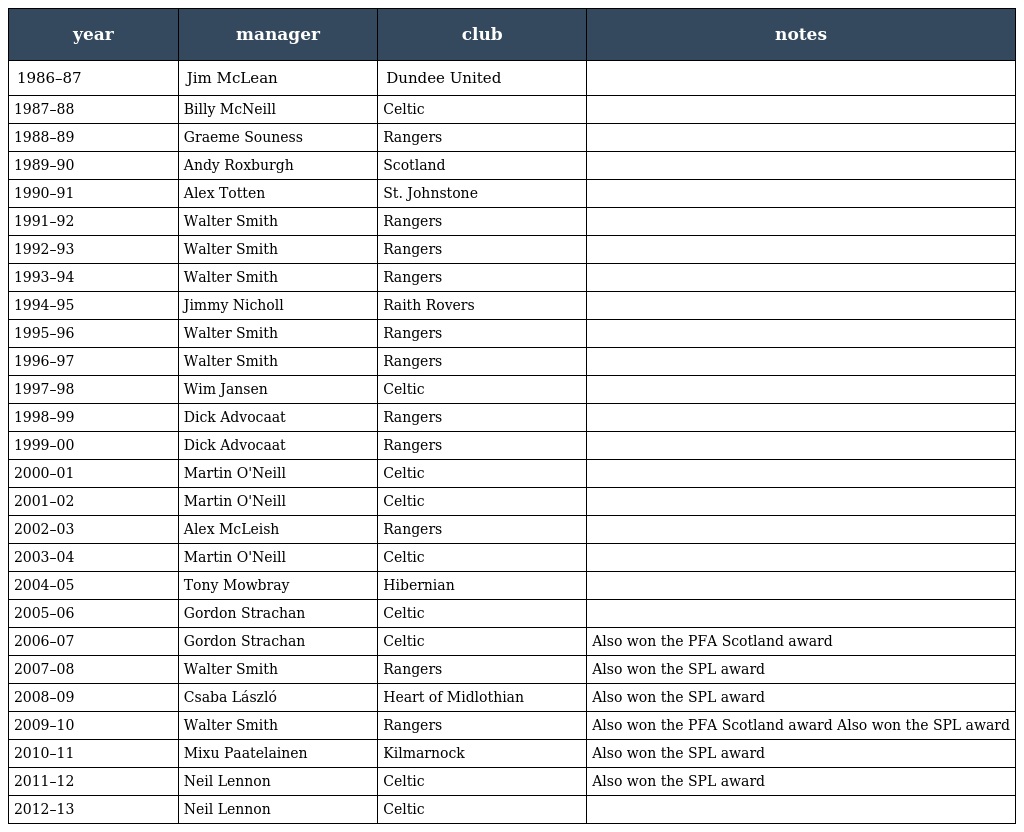
| year | manager | club | notes |
 | --- | --- | --- | --- |
 | 1986–87 | Jim McLean | Dundee United |  |
 | 1987–88 | Billy McNeill | Celtic |  |
 | 1988–89 | Graeme Souness | Rangers |  |
 | 1989–90 | Andy Roxburgh | Scotland |  |
 | 1990–91 | Alex Totten | St. Johnstone |  |
 | 1991–92 | Walter Smith | Rangers |  |
 | 1992–93 | Walter Smith | Rangers |  |
 | 1993–94 | Walter Smith | Rangers |  |
 | 1994–95 | Jimmy Nicholl | Raith Rovers |  |
 | 1995–96 | Walter Smith | Rangers |  |
 | 1996–97 | Walter Smith | Rangers |  |
 | 1997–98 | Wim Jansen | Celtic |  |
 | 1998–99 | Dick Advocaat | Rangers |  |
 | 1999–00 | Dick Advocaat | Rangers |  |
 | 2000–01 | Martin O'Neill | Celtic |  |
 | 2001–02 | Martin O'Neill | Celtic |  |
 | 2002–03 | Alex McLeish | Rangers |  |
 | 2003–04 | Martin O'Neill | Celtic |  |
 | 2004–05 | Tony Mowbray | Hibernian |  |
 | 2005–06 | Gordon Strachan | Celtic |  |
 | 2006–07 | Gordon Strachan | Celtic | Also won the PFA Scotland award |
 | 2007–08 | Walter Smith | Rangers | Also won the SPL award |
 | 2008–09 | Csaba László | Heart of Midlothian | Also won the SPL award |
 | 2009–10 | Walter Smith | Rangers | Also won the PFA Scotland award Also won the SPL award |
 | 2010–11 | Mixu Paatelainen | Kilmarnock | Also won the SPL award |
 | 2011–12 | Neil Lennon | Celtic | Also won the SPL award |
 | 2012–13 | Neil Lennon | Celtic |  |